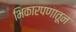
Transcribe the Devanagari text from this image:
भिकारपणातून